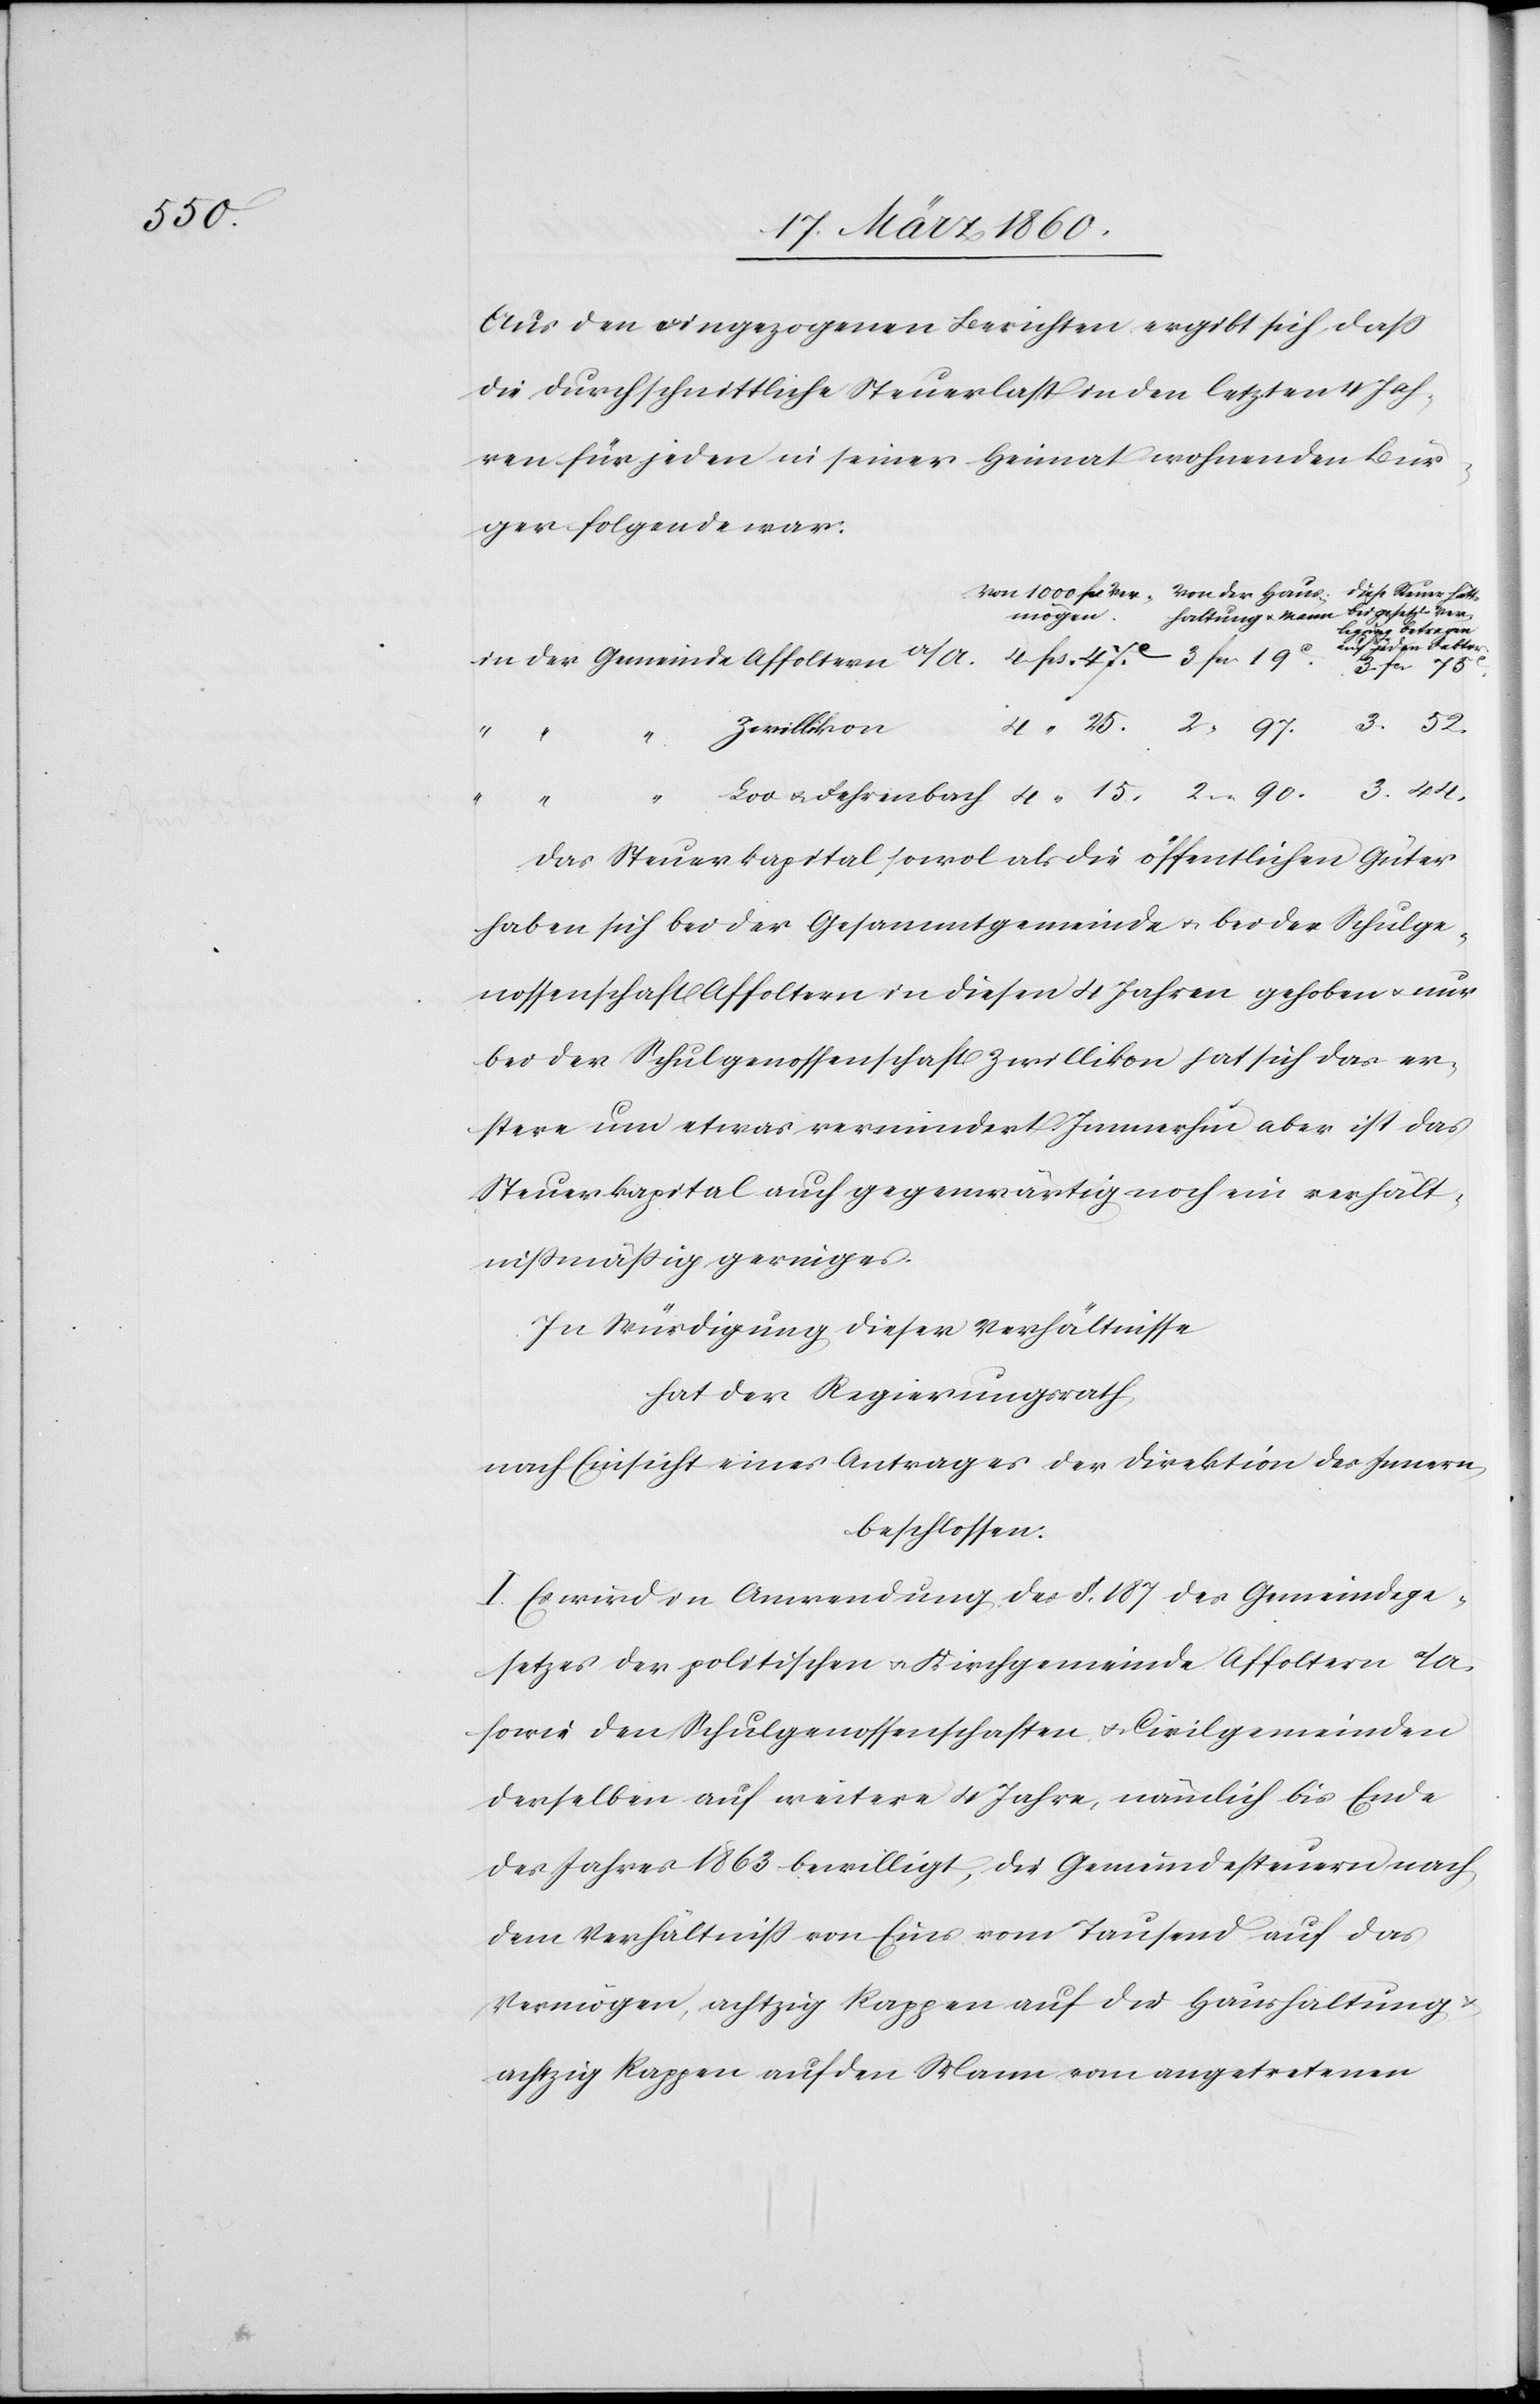
Aus den eingezogenen Berichten ergibt sich, dass
die durchschnittliche Steuerlast in den letzten 4 Jah¬
ren für jeden in seiner Heimat wohnenden Bur¬
ger folgende war:
mögen
Affoltern
jeden Faktor
44.
Zwillikon
Mann vom angetretenen
Das Steuerkapital sowol als die öffentlichen Güter
haben sich bei der Gesammtgemeinde u. bei der Schulge¬
nossenschaft Affoltern in diesen 4 Jahren gehoben u. nur
bei der Schulgenossenschaft Zwillikon hat sich das er¬
stere um etwas vermindert. Immerhin aber ist das
Steuerkapital auch gegenwärtig noch ein verhält¬
nissmässig geringes.
In Würdigung dieser Verhältnisse
hat der Regierungsrath,
nach Einsicht eines Antrages der Direktion des Innern,
beschlossen:
I. Es wird in Anwendung des §. 187 des Gemeindege¬
setzes der politischen u. Kirchgemeinde Affoltern a/A.
sowie den Schulgenossenschaften u. Civilgemeinden
derselben auf weitere 4 Jahre, nämlich bis Ende
des Jahres 1863 bewilligt, die Gemeindesteuern nach
dem Verhältniss von Eins vom Tausend auf das
Vermögen, achtzig Rappen auf die Haushaltung